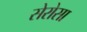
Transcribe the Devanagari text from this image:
सेरोसा